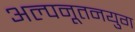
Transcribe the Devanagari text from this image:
अल्पनूतनयुग